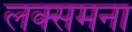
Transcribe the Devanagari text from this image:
लक्समना